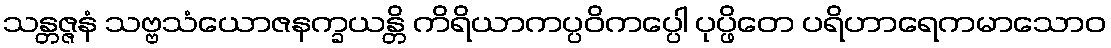
သန္တဇ္ဇနံ သဗ္ဗသံယောဇနက္ခယန္တိ ကိရိယာကပ္ပဝိကပ္ပေါ ပုပ္ဖိတေ ပရိဟာရေကမာသောဝ